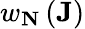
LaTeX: w_{\mathbf{N}}\left(\mathbf{J}\right)